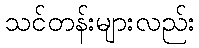
သင်တန်းများလည်း